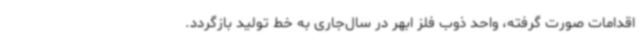
اقدامات صورت گرفته، واحد ذوب فلز ابهر در سال‌جاری به خط تولید بازگردد.